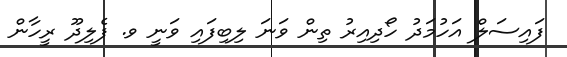
ފައިސަލް އަހުމަދު ހޯދިއިރު ތިން ވަނަ ލިބިފައި ވަނީ ވ. ފެލިދޫ ރީހާން